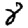
Digit: 8